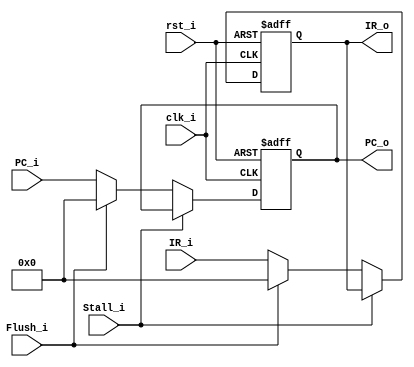
module Pipe_IF_ID (
         clk_i,
         rst_i,

         IR_i,
         PC_i,

         IR_o,
         PC_o,

         Flush_i,
         Stall_i,
       );

input clk_i;
input rst_i;
input [31:0] IR_i;
input [31:0] PC_i;
input Flush_i;
input Stall_i;

output reg [31:0] IR_o;
output reg [31:0] PC_o;

always@(posedge clk_i or negedge rst_i)
  begin
    if(~rst_i)
      begin
        PC_o <= 32'b0;
        IR_o <= 32'b0;
      end
    else if (Stall_i)
      // do nothing
      ;
    else if(Flush_i)
      begin
        PC_o <= 32'b0;
        IR_o <= 32'b0;
      end
    else
      begin
        PC_o <= PC_i;
        IR_o <= IR_i;
      end
  end

endmodule